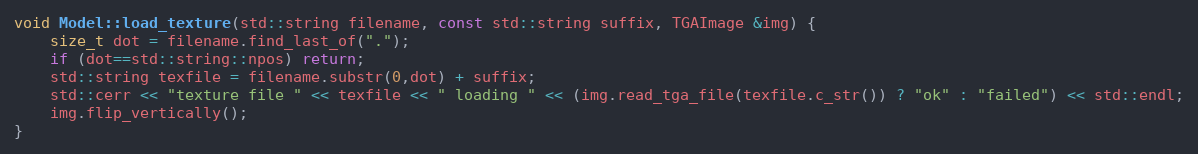
Language: C++
void Model::load_texture(std::string filename, const std::string suffix, TGAImage &img) {
    size_t dot = filename.find_last_of(".");
    if (dot==std::string::npos) return;
    std::string texfile = filename.substr(0,dot) + suffix;
    std::cerr << "texture file " << texfile << " loading " << (img.read_tga_file(texfile.c_str()) ? "ok" : "failed") << std::endl;
    img.flip_vertically();
}